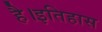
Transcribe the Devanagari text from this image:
है।इतिहास